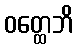
ဝတ္ထေဘိ